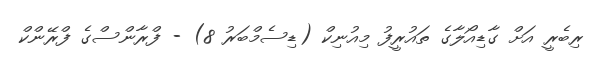
ރިބެރީ އަށް ގާޑިއޯލާގެ ތައުރީފު މިއުނިކް (ޑިސެމްބަރު 8) - ފްރާންސްގެ ފްރޭންކް